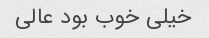
خیلی خوب بود عالی